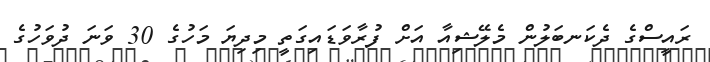
ރައީސްގެ ދެކަނބަލުން މެލޭޝިއާ އަށް ފުރާވަޑައިގަތީ މިދިޔަ މަހުގެ 30 ވަނަ ދުވަހުގެ